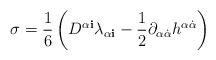
LaTeX: \begin{align*}\sigma =\frac{1}{6}\left( D^{\alpha{\mathbf i}}\lambda_{\alpha{\mathbf i}}-\frac{1}{2}\partial_{\alpha{\dot{\alpha}}}h^{\alpha{\dot{\alpha}}}\right)\end{align*}